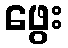
ဖွေး